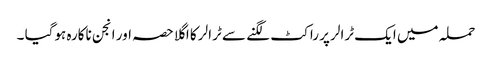
حملہ میں ایک ٹرالر پر راکٹ لگنے سے ٹرالر کا اگلا حصہ اور انجن ناکارہ ہوگیا ۔